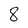
Character: 8